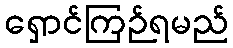
ရှောင်ကြဉ်ရမည်